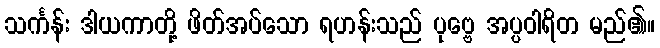
သင်္ကန်း ဒါယကာတို့ ဖိတ်အပ်သော ရဟန်းသည် ပုဗ္ဗေ အပ္ပဝါရိတ မည်၏။